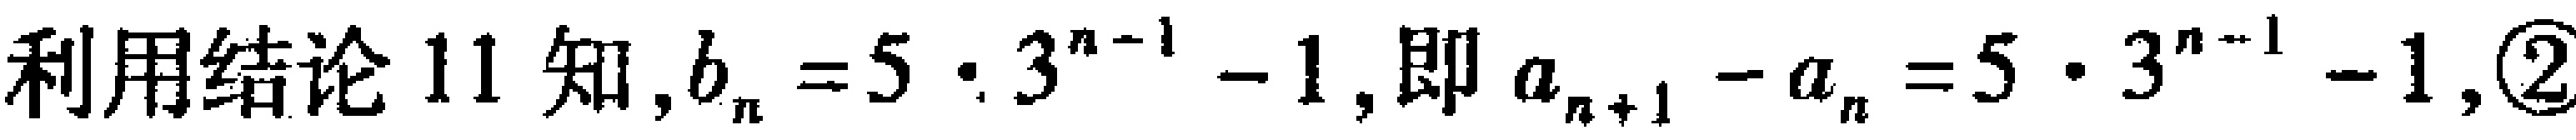
利用结论 11 知,$b_{n}=5\cdot 3^{n - 1}-1$,即$a_{n + 1}-a_{n}=5\cdot 3^{n - 1}-1$,\textcircled{2}